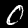
Label: 0